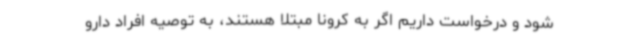
شود و درخواست داریم اگر به کرونا مبتلا هستند، به توصیه افراد دارو